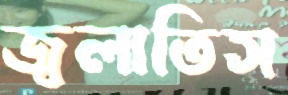
জ্বলাতিস